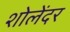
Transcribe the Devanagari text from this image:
शोलेंदर